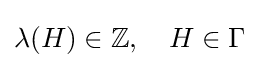
\lambda (H)\in \mathbb {Z} ,\quad H\in \Gamma